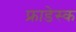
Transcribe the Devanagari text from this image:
फ्राडेस्क